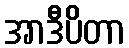
အာဒီပိတာ